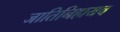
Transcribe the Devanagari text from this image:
जातिनिहायच